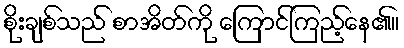
စိုးချစ်သည် စာအိတ်ကို ကြောင်ကြည့်နေ၏။